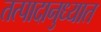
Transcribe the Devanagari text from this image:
तत्पादानुध्यात